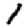
Digit: 1